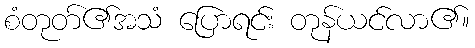
စံတုတ်၏အသံ ပြောရင်း တုန်ယင်လာ၏။